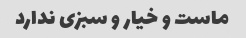
ماست و خیار و سبزی ندارد